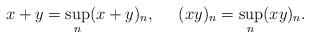
LaTeX: \begin{align*}x+y = \sup_n (x+y)_n,\;\;\;\;\;(xy)_n = \sup_n(xy)_n.\end{align*}